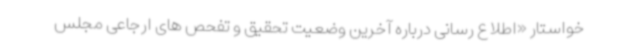
خواستار «اطلاع رسانی درباره آخرین وضعیت تحقیق و تفحص های ارجاعی مجلس